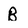
Character: B